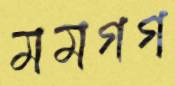
মমগগ